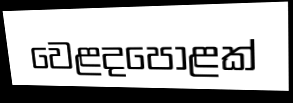
වෙළදපොළක්